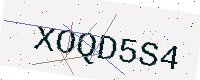
Text: XOQD5S4